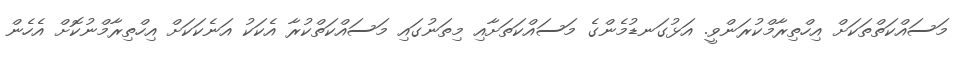
މަސައްކަތްތަކަށް އިހްތިރާމްކުރަންވީ. އަޅުގަނޑުމެންގެ މަސައްކަތަށާއި މިތަނުގައި މަސައްކަތްކުރާ އެކަކު އަނެކަކަށް އިހްތިރާމްނުކޮށް އެހެން